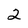
Character: 2